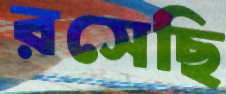
রসেছি